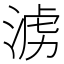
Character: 𣶭